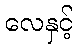
လေနှင့်